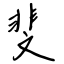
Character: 斐